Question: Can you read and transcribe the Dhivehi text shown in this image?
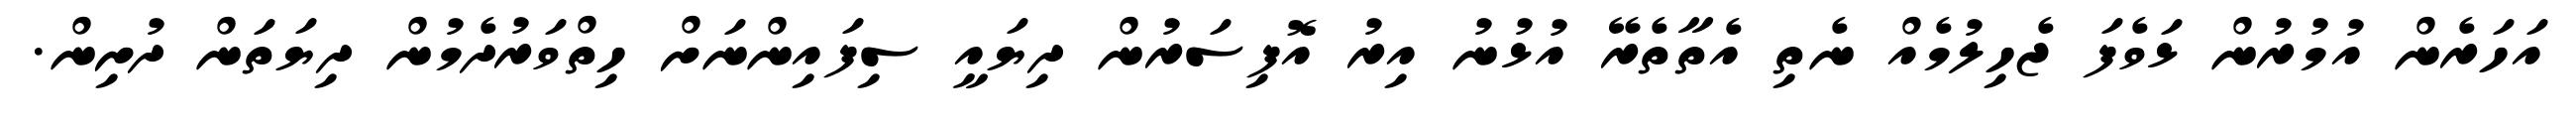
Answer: އަހަރެން އުމުރުން ޅަވެފަ ޖެހިލުމެއް ނެތި އެތާތެރޭ އުޅުނު އިރު އޮފިސަރުން ދިޔައީ ސިފައިންނަށް ހިތްވަރުދެމުން ދިޔަތަން ދުށިން.